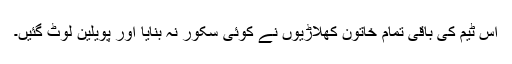
اس ٹيم کی باقی تمام خاتون کھلاڑیوں نے کوئی سکور نہ بنایا اور پويلين لوٹ گئيں۔